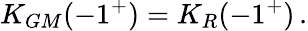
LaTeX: K_{GM}(-1^{+})=K_{R}(-1^{+})\, .